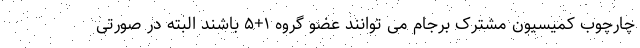
چارچوب کمیسیون مشترک برجام می توانند عضو گروه ۱+۵ باشند البته در صورتی